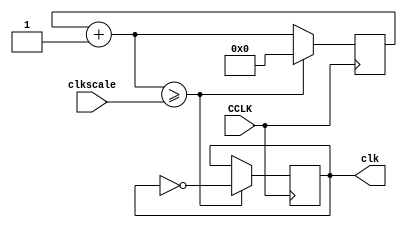
`timescale 1ns / 1ps
//////////////////////////////////////////////////////////////////////////////////
// Company: 
// Engineer: 
// 
// Design Name: 
// Module Name:    clock 
// Project Name: 
// Target Devices: 
// Tool versions: 
// Description: 
//
// Dependencies: 
//
// Revision: 
// Revision 0.01 - File Created
// Additional Comments: 
//
//////////////////////////////////////////////////////////////////////////////////
module clock(input CCLK, input [31:0] clkscale, output reg clk);
									// CCLK crystal clock oscillator 50 MHz
reg [31:0] clkq = 0;			// clock register, initial value of 0
	
always@(posedge CCLK)
	begin
		clkq=clkq+1;			// increment clock register
			if (clkq>=clkscale)  	// clock scaling
				begin
					clk=~clk;	// output clock
					clkq=0;		// reset clock register
				end
	 end

endmodule